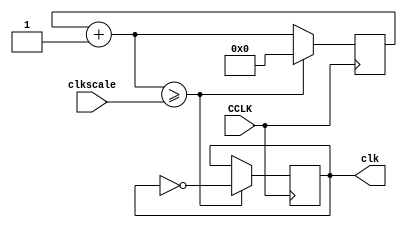
`timescale 1ns / 1ps
//////////////////////////////////////////////////////////////////////////////////
// Company: 
// Engineer: 
// 
// Design Name: 
// Module Name:    clock 
// Project Name: 
// Target Devices: 
// Tool versions: 
// Description: 
//
// Dependencies: 
//
// Revision: 
// Revision 0.01 - File Created
// Additional Comments: 
//
//////////////////////////////////////////////////////////////////////////////////
module clock(input CCLK, input [31:0] clkscale, output reg clk);
									// CCLK crystal clock oscillator 50 MHz
reg [31:0] clkq = 0;			// clock register, initial value of 0
	
always@(posedge CCLK)
	begin
		clkq=clkq+1;			// increment clock register
			if (clkq>=clkscale)  	// clock scaling
				begin
					clk=~clk;	// output clock
					clkq=0;		// reset clock register
				end
	 end

endmodule